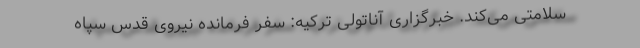
سلامتی می‌کند. خبرگزاری آناتولی ترکیه: سفر فرمانده نیروی قدس سپاه